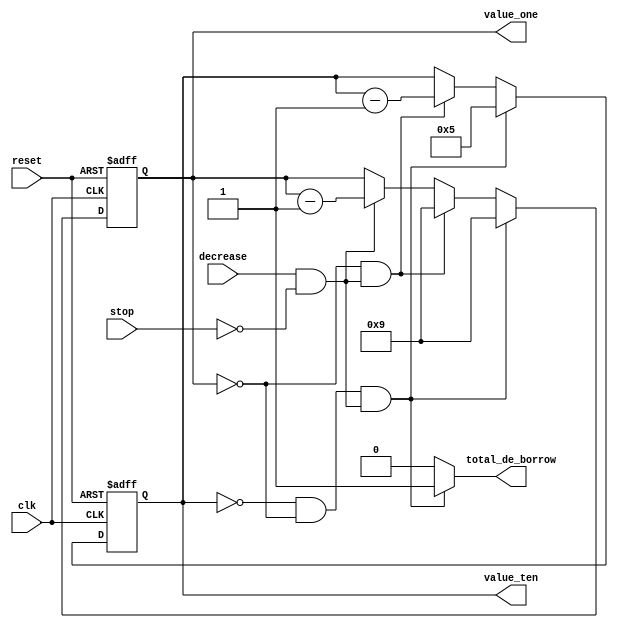
module reserve_sec_counter(
    output [3:0] value_ten,
    output [3:0] value_one,
    output total_de_borrow, // e@@
    input stop,
    input decrease,
    input clk,
    input reset
    );
    
wire sub;
assign sub = decrease & ~stop;     // nD stop ~i
    
reg [3:0] value_ten, value_ten_tmp;
reg [3:0] value_one, value_one_tmp;
reg total_de_borrow;

    always @(value_ten or value_one or sub)
    begin
        if (value_ten == 4'd0 && value_one == 4'd0 && sub)     // Ywg 00 FASAAhh 
            begin
                value_ten_tmp = 4'd5;
                value_one_tmp = 4'd9;
                total_de_borrow = 1;
            end
        else if (value_one == 4'd0 && sub)
            begin
                value_ten_tmp =  value_ten - 4'd1;
                value_one_tmp = 4'd9;
                total_de_borrow = 0;
            end
        else if (sub)     
            begin
                value_ten_tmp =  value_ten;
                value_one_tmp = value_one - 4'd1;
                total_de_borrow = 0;
            end
        else
            begin
                value_one_tmp = value_one;
                value_ten_tmp =  value_ten;
                total_de_borrow = 0;
            end
    end

    always @(posedge clk or negedge reset)
    begin
        if(~reset)
            begin
                value_ten <= 4'd0;
                value_one <= 4'd1;
            end
        else
            begin
                value_one <= value_one_tmp;
                value_ten <= value_ten_tmp;
            end
    end
    
endmodule